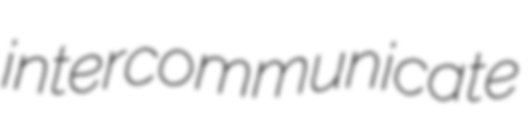
intercommunicate